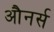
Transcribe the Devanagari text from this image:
औनर्स